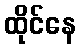
ထိုင်နေ